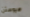
هيوستن